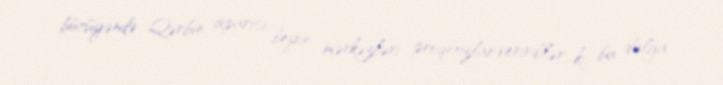
bürüyəndə Qərbin aparıcı beyin mərkəzləri proqnozlar verirdilər ki, bu dalğa